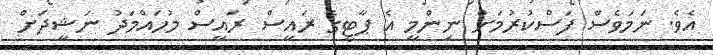
އެވެ. ނަމަވެސް ފަސްކުރުމަށް ނިންމީ އެ ޕާޓީގެ ރައީސް ރައީސް މުހައްމަދު ނަޝީދަށް